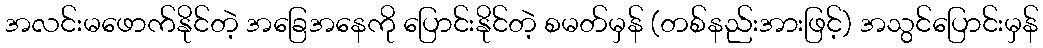
အလင်းမဖောက်နိုင်တဲ့ အခြေအနေကို ပြောင်းနိုင်တဲ့ စမတ်မှန် (တစ်နည်းအားဖြင့်) အသွင်ပြောင်းမှန်